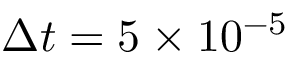
\Delta t = 5 \times 1 0 ^ { - 5 }